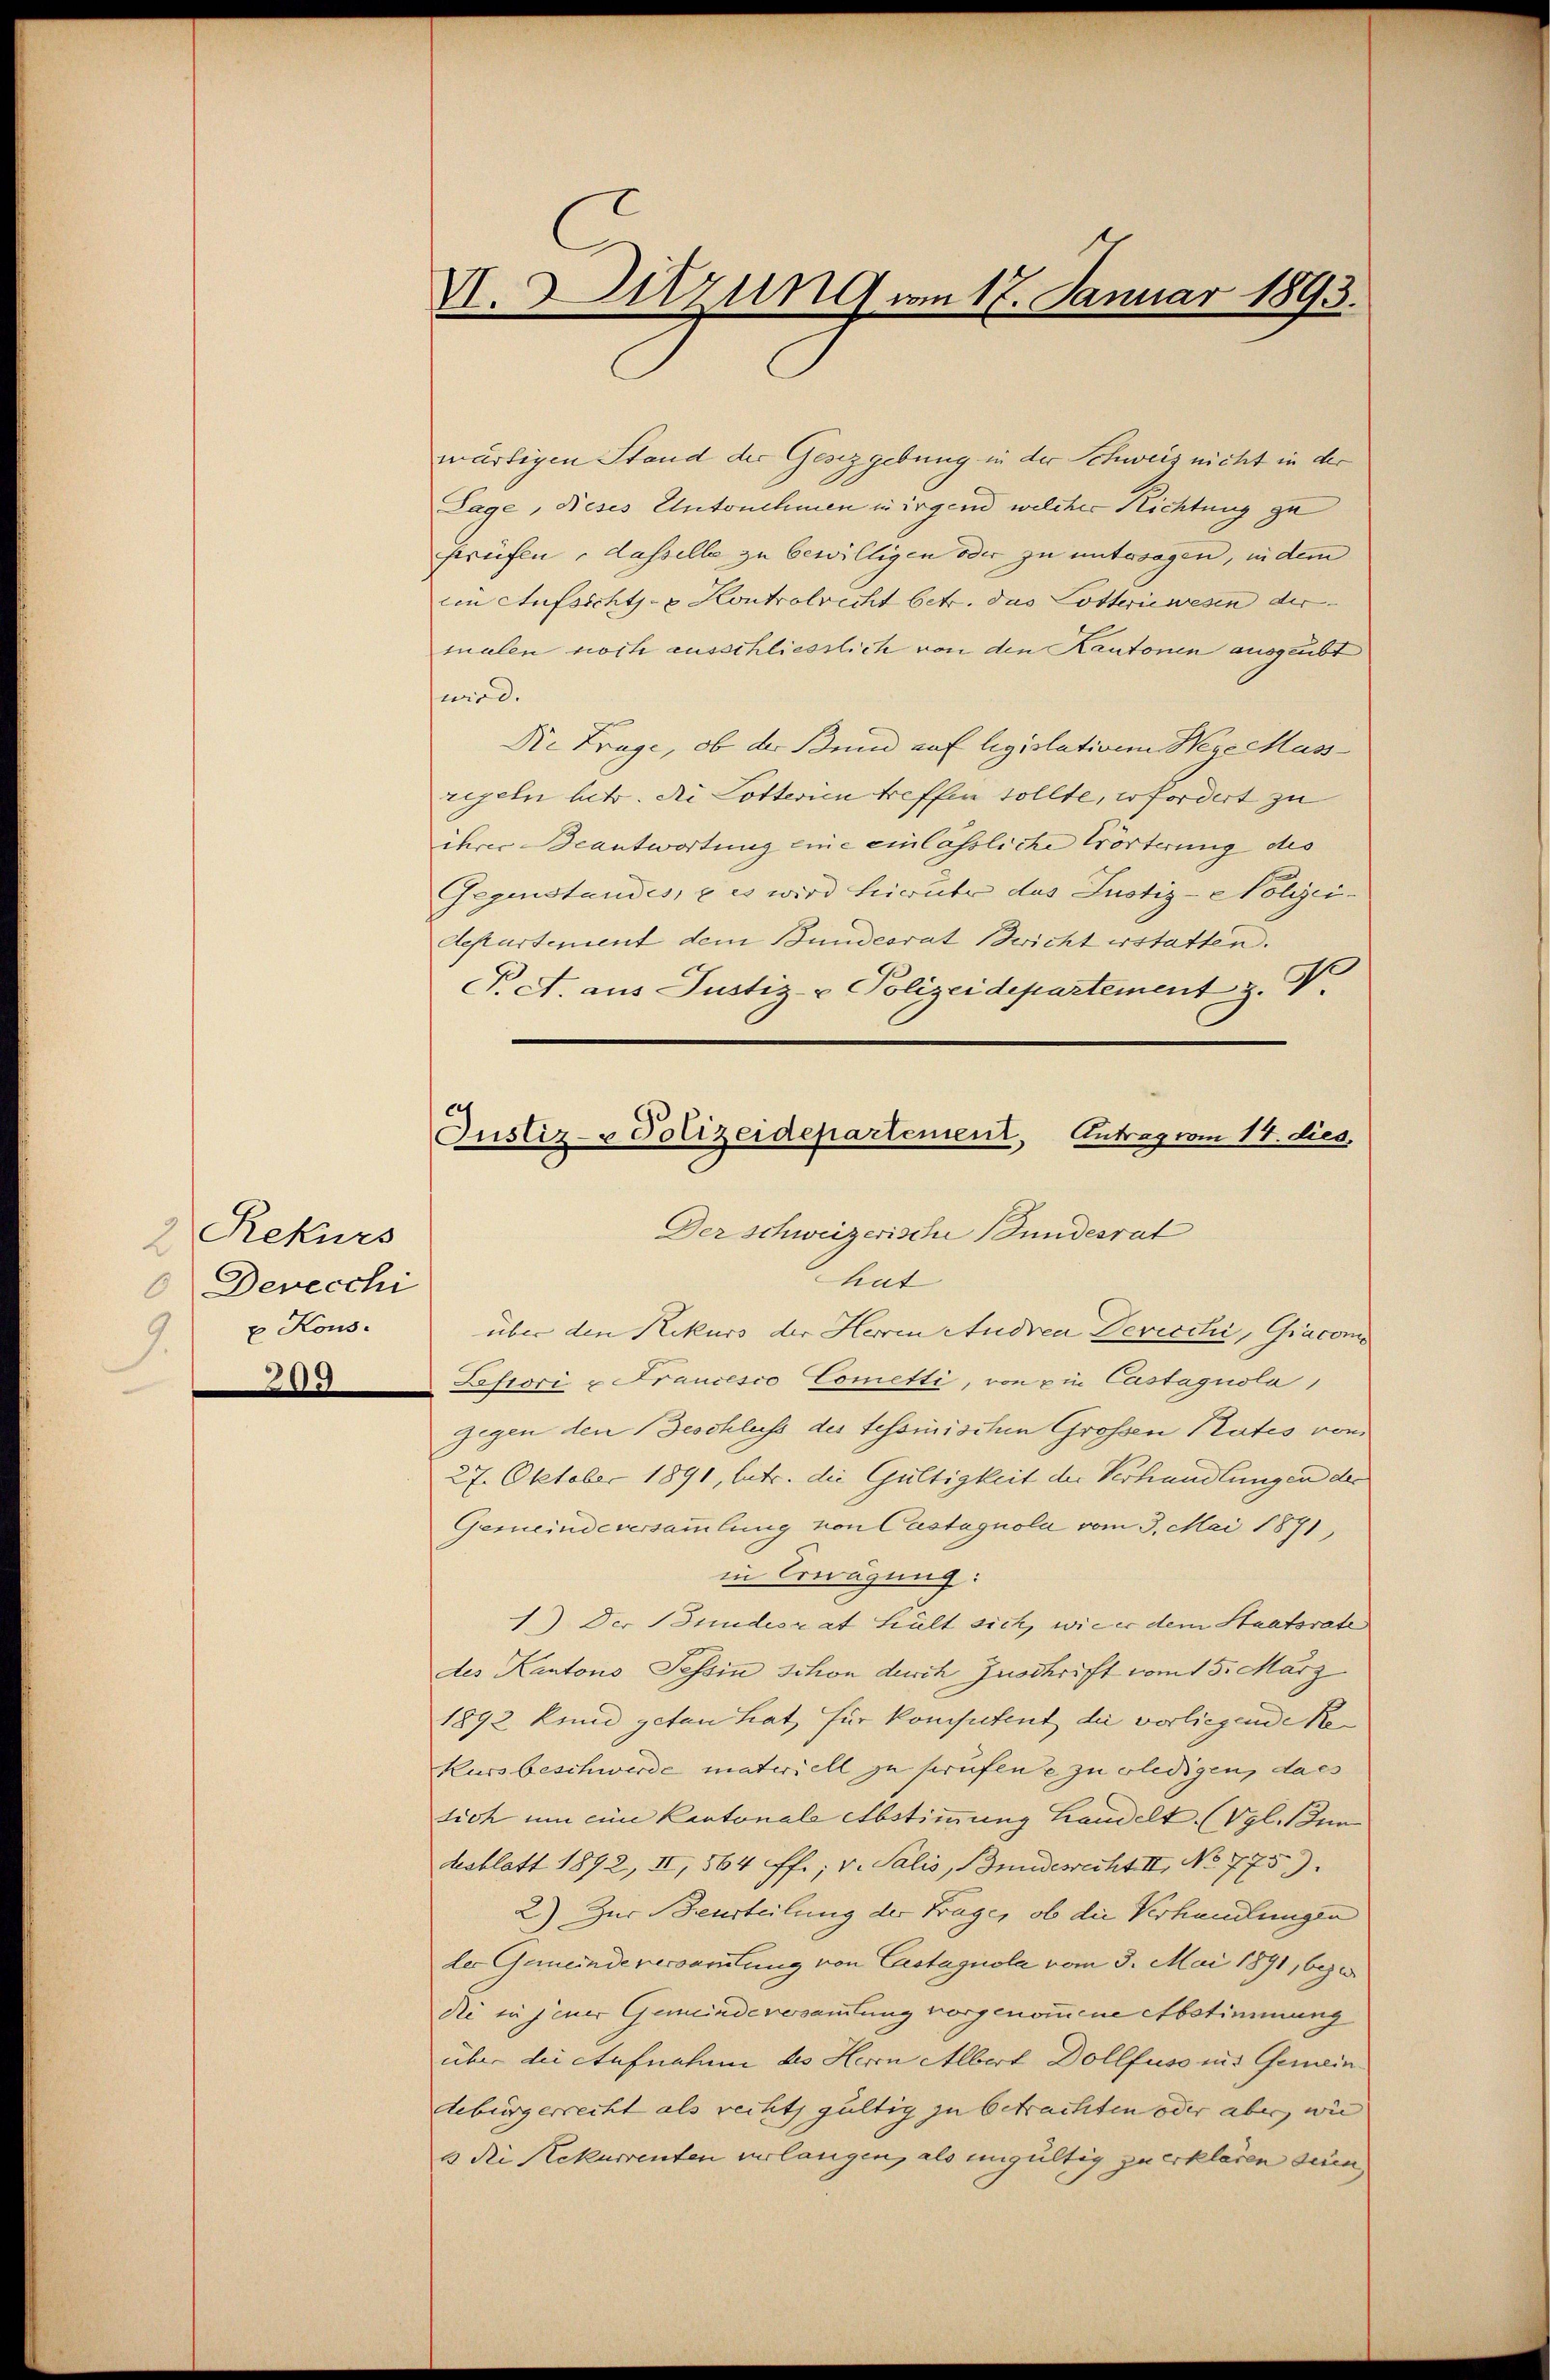
Rekurs
2
Devecchi
x Kous.
S

G

VI. Sitzung am 17. Januar 1893.

wärtigen Stand der Gesetzgebung in der Schweiz nicht in der
Lage, Dieses Antonehmen nirgend welcher Richtung zu
strüfen, dasselbe zu bewilligen oder zu untersagen, in dem
ein Aufsichts- & Kontrolricht betr. das Lotteriewesen der
tualen noch ausschliesslich von den Kantonen ausgeübt
wird.
Die Frage, ob der Bund auf legislativen Wege Cass
regeln betr. die Lotterien treffen sollte, erfordert zu
ihrer Beantwortung eine einlässliche Erörterung des
Gegenstandes, u es wird hierüber das Justiz-Nolizei¬
Departement dem Bundesrat Bericht erstatten.
P. A. aus Justiz- & Polizeidepartement z. B.

Justiz- & Polizeidepartement, Antrag vom 14. dies
Der schweizerische Bundesrat
hat
über den Rekurs der Herren Andren Devecchi, Giacom

Lefiori u Francesco Cometti, von ein Castagnola,
gegen den Geschluss des tesomischen Grossen Plates vom
27. Oktober 1891, lutr. die Gültigkeit der Verhandlungen der
Gemeindeversammlung von Castagnola vom 3. Mai 1871,
in Erwägung:
1.) Der Bundesrat hält sich, wie er dem Staatsrate
des Kantons Tessin Schon durch Zuschrift vom 15. März
1892 kund getan hat, für kompetent die vorliegende Re¬
Kuss beschwerde materiell zu prüfene zu erledigen, dass
sich um eine Kantonale Abstimmung Handelt (Vgl. den
desblatt 1892, II, 564 ff.; v. Salis, indesrecht II, No 775.
2) Zur Beurteilung der Frage, ob die Verhandlungen
der Gemeinde versamlung von Castagnola vom 3. Mai 1891, beze
die in jener Gemeindeversammlung vorgenommene Abstimmung
über die Aufnahme des Herrn Albert Dollfuss ins Gemein
debürgerrecht als rechts gültig zu betrachten oder aber, wie
2 die Rekurrenten verlangen, als ungültig zu erklären sin